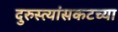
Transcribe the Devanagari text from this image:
दुरुस्त्यांसकटच्या